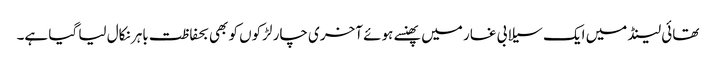
تھائی لینڈ میں ایک سیلابی غار میں پھنسے ہوئے آخری چار لڑکوں کو بھی بحفاظت باہر نکال لیا گیا ہے۔